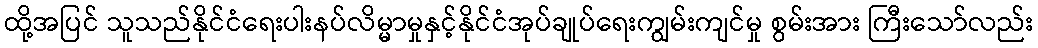
ထို့အပြင် သူသည်နိုင်ငံရေးပါးနပ်လိမ္မာမှုနှင့်နိုင်ငံအုပ်ချုပ်ရေးကျွမ်းကျင်မှု စွမ်းအား ကြီးသော်လည်း